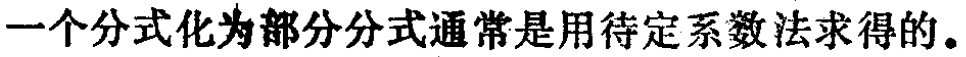
一个分式化为部分分式通常是用待定系数法求得的。